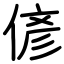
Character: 偐